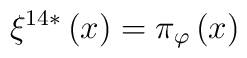
\xi ^{14\ast }\left( x\right) =\pi _{\varphi }\left( x\right)